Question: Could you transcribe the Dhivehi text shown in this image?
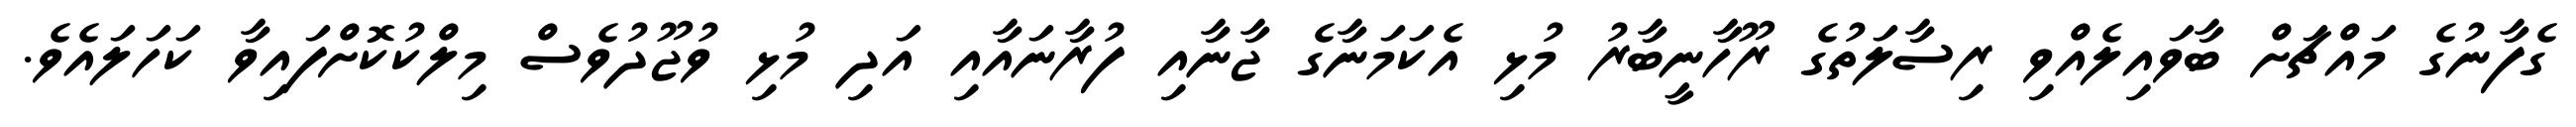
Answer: ގެފާނުގެ މައްޗަށް ބާވައިލެއްވި ރިސާލަތުގެ ރޫހާނީބާރު މުޅި އެކަމަނާގެ ޖާނާއި ފުރާނައާއި އަދި މުޅި ވުޖޫދުވެސް މިލްކުކޮށްފައިވާ ކަހަލައެވެ.